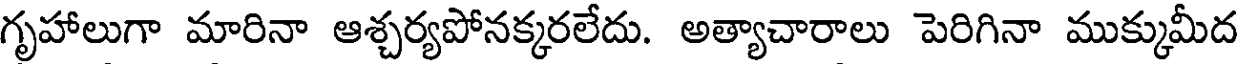
గృహాలుగా మారినా ఆశ్చర్యపోనక్కరలేదు. అత్యాచారాలు పెరిగినా ముక్కుమీద